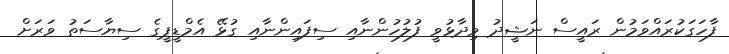
ފާހަގަކުރައްވަމުން ރައީސް ނަޝީދު ވިދާޅުވީ ފުލުހުންނާއި ސިފައިންނާއި ގުޅޭ އެމްޑީޕީގެ ސިޔާސަތު ވަރަށް